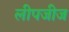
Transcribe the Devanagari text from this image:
लीपजीज